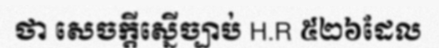
ថា សេចក្តីស្នើច្បាប់ H.R ៥២៦ដែល